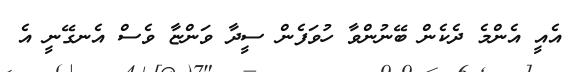
އެއީ އެންމެ ދެކެން ބޭނުންވާ ހުވަފެން ސީދާ ވަންޏާ ވެސް އެނގޭނީ އެ